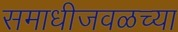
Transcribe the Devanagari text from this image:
समाधीजवळच्या